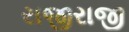
રાજીરાજી